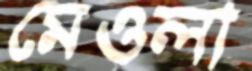
মেওলা